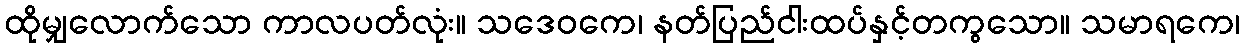
ထိုမျှလောက်သော ကာလပတ်လုံး။ သဒေဝကေ၊ နတ်ပြည်ငါးထပ်နှင့်တကွသော။ သမာရကေ၊